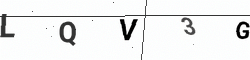
Text: LQV3G